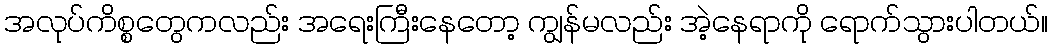
အလုပ်ကိစ္စတွေကလည်း အရေးကြီးနေတော့ ကျွန်မလည်း အဲ့နေရာကို ရောက်သွားပါတယ်။